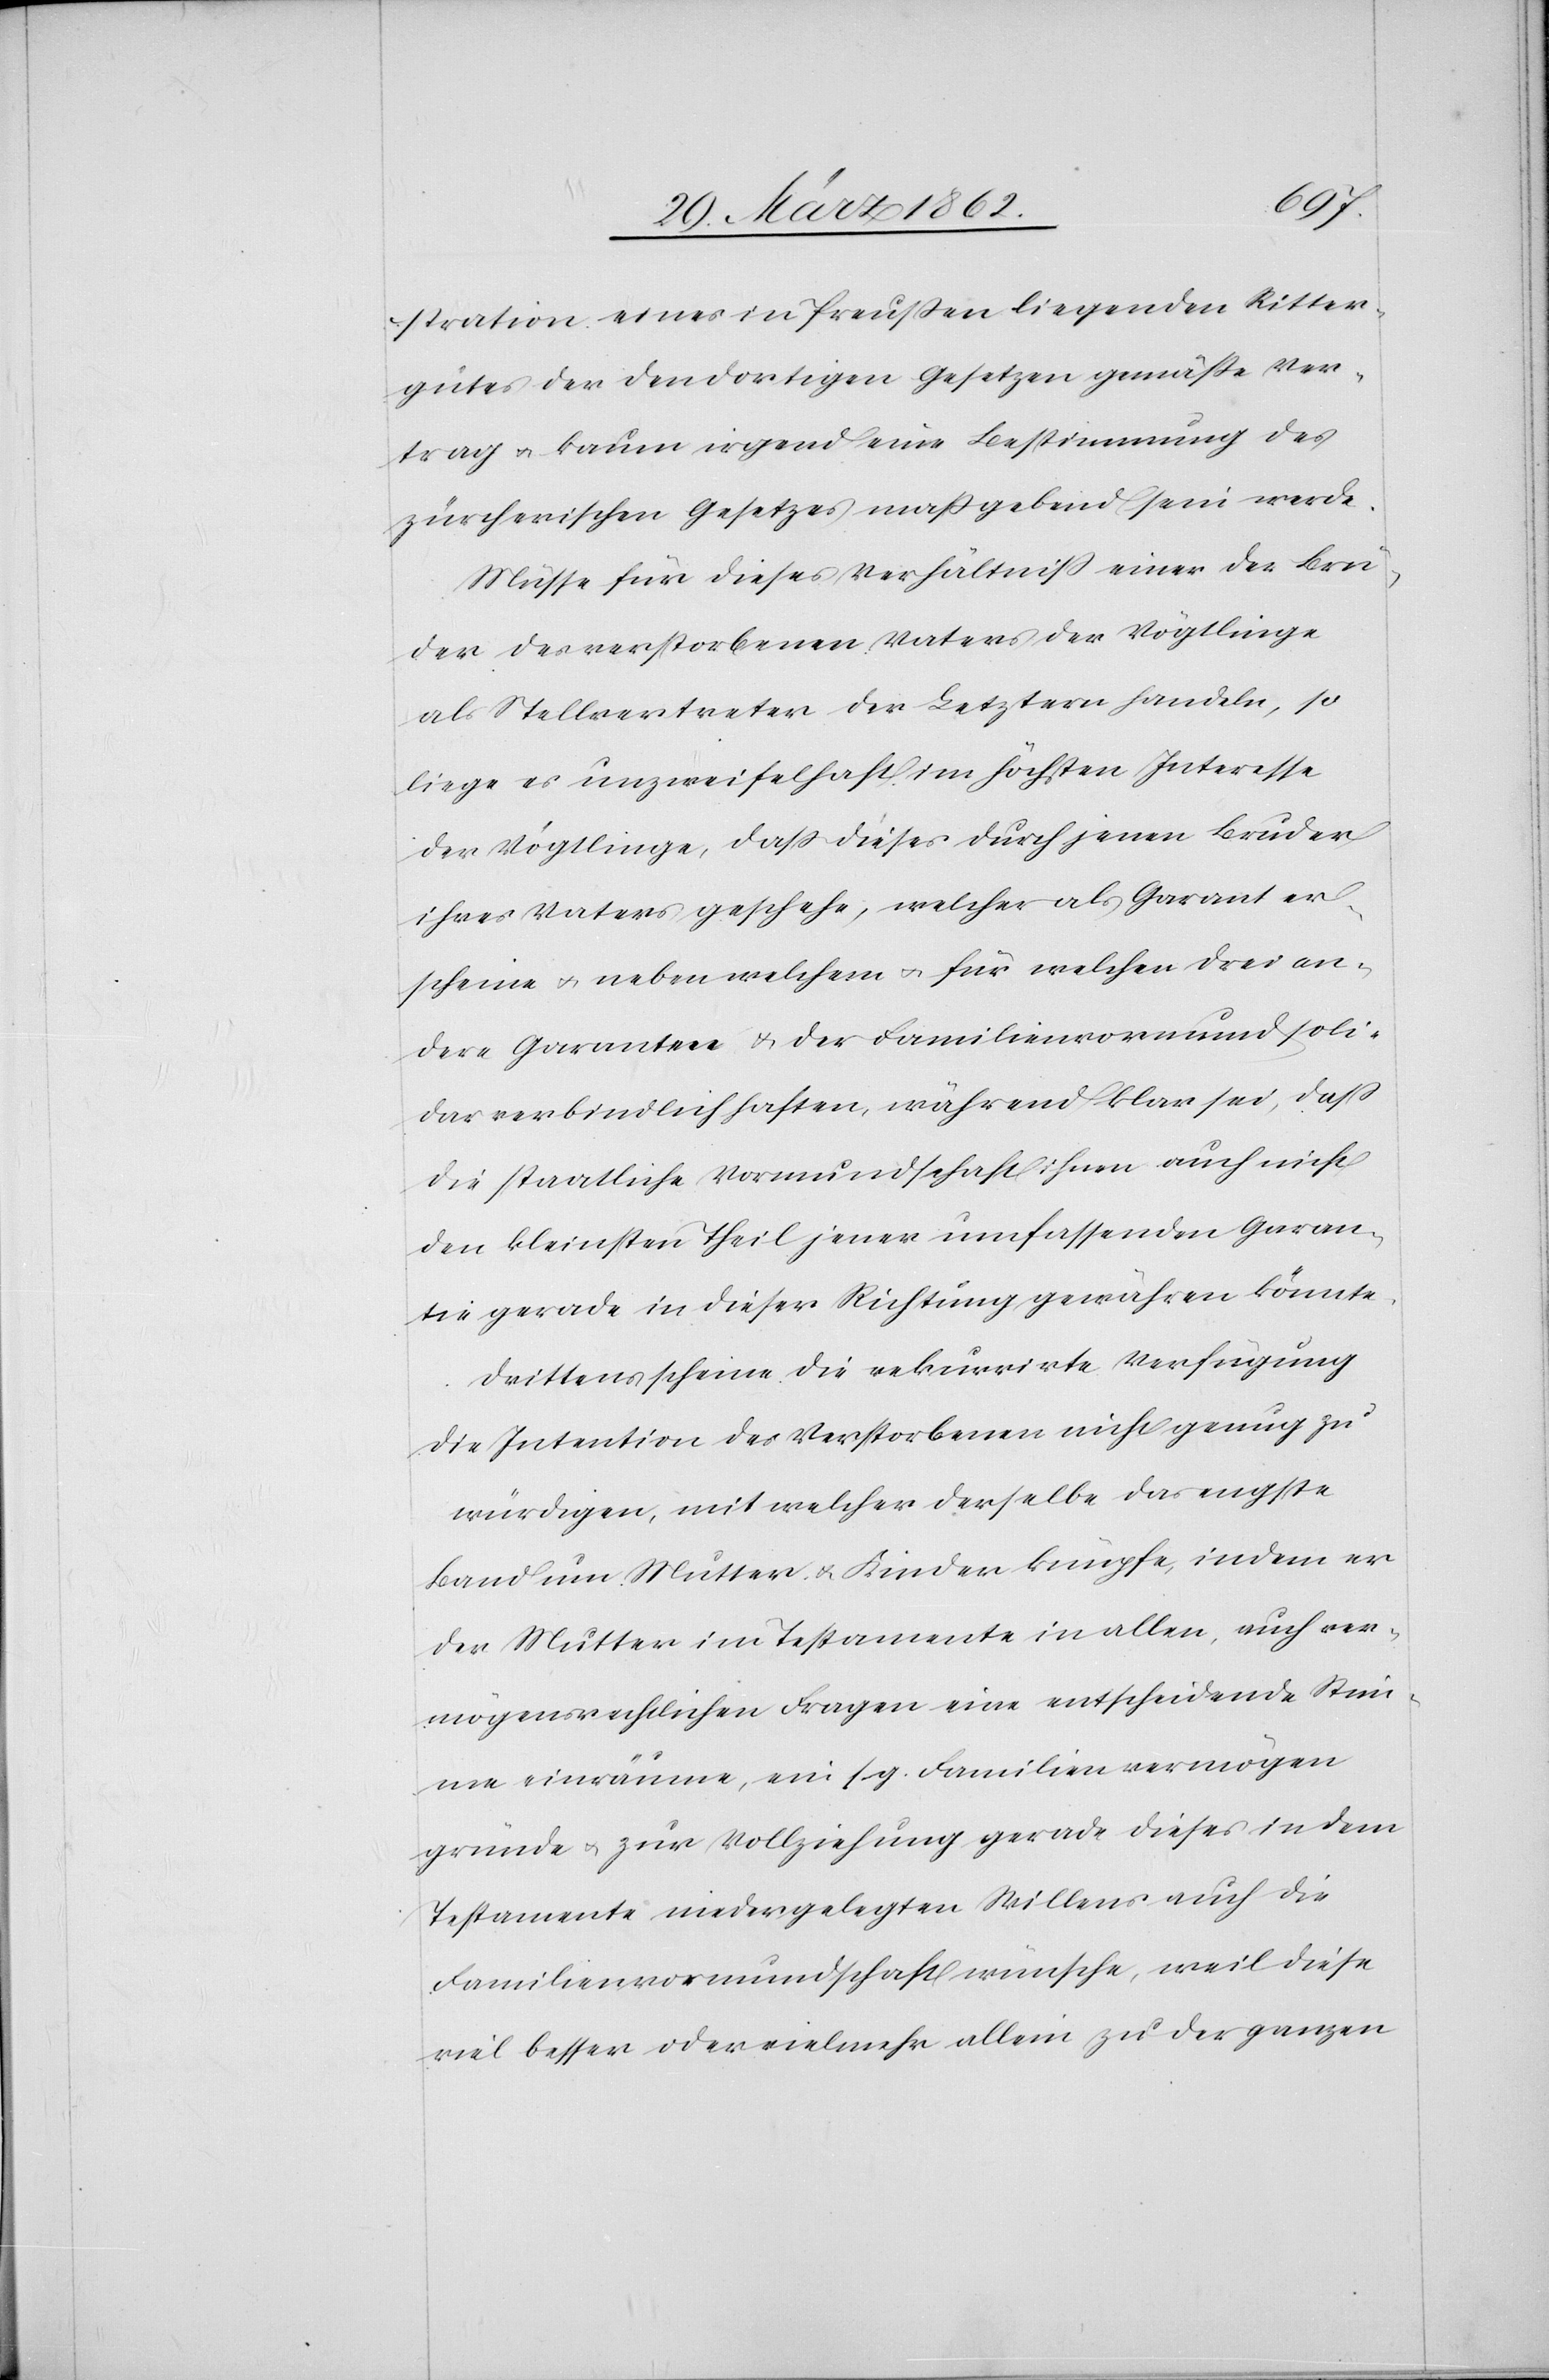
stration eines in Preußen liegenden Ritter¬
gutes der den dortigen Gesetzen gemäße Ver¬
trag u. kaum irgend eine Bestimmung des
zürcherischen Gesetzes maßgebend sein werde.
Müsse für dieses Verhältniß einer der Brü¬
der des verstorbenen Vaters der Vögtlinge
als Stellvertreter der Letztern handeln, so
liege es unzweifelhaft im höchsten Interesse
der Vögtlinge, daß dieses durch jenen Bruder
ihres Vaters geschehe, welcher als Garant er¬
scheine u. neben welchem u. für welchen drei an¬
dere Garanten u. der Familienvormund soli¬
dar verbindlich haften, während klar sei, daß
die staatliche Vormundschaft ihnen auch nicht
den kleinsten Theil jener umfassenden Garan¬
tie gerade in dieser Richtung gewähren könnte.
Drittens scheine die rekurrirte Verfügung
die Intention des Verstorbenen nicht genug zu
würdigen, mit welcher derselbe das engste
Band um Mutter u. Kinder knüpfe, indem er
der Mutter im Testamente in allen, auch ver¬
mögensrechtlichen Fragen eine entscheidende Stim¬
me einräume, ein s. g. Familienvermögen
gründe u. zur Vollziehung gerade dieses in dem
Testamente niedergelegten Willens auch die
Familienvormundschaft wünsche, weil diese
viel besser oder vielmehr allein zu der ganzen